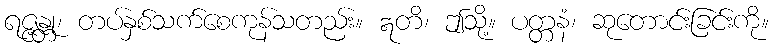
ရဇ္ဇန္တု၊ တပ်နှစ်သက်စေကုန်သတည်း။ ဣတိ၊ ဤသို့။ ပတ္တနံ၊ ဆုတောင်းခြင်းကို။